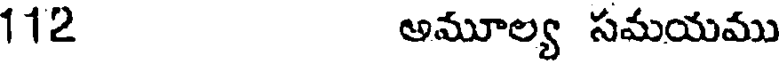
112 అమూల్య సమయము